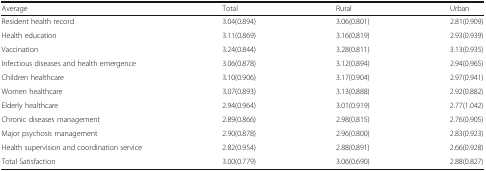
| Average | Total | Rural | Urban |
 | --- | --- | --- | --- |
 | Resident health record | 3.04(0.894) | 3.06(0.801) | 2.81(0.909) |
 | Health education | 3.11(0.869) | 3.16(0.819) | 2.93(0.939) |
 | Vaccination | 3.24(0.844) | 3.28(0.811) | 3.13(0.935) |
 | Infectious diseases and health emergence | 3.06(0.878) | 3.12(0.894) | 2.94(0.965) |
 | Children healthcare | 3.10(0.906) | 3.17(0.904) | 2.97(0.941) |
 | Women healthcare | 3.07(0.893) | 3.13(0.888) | 2.92(0.882) |
 | Elderly healthcare | 2.94(0.964) | 3.01(0.919) | 2.77(1.042) |
 | Chronic diseases management | 2.89(0.866) | 2.98(0.815) | 2.76(0.905) |
 | Major psychosis management | 2.90(0.878) | 2.96(0.800) | 2.83(0.923) |
 | Health supervision and coordination service | 2.82(0.954) | 2.88(0.891) | 2.66(0.928) |
 | Total Satisfaction | 3.00(0.779) | 3.06(0.690) | 2.88(0.827) |